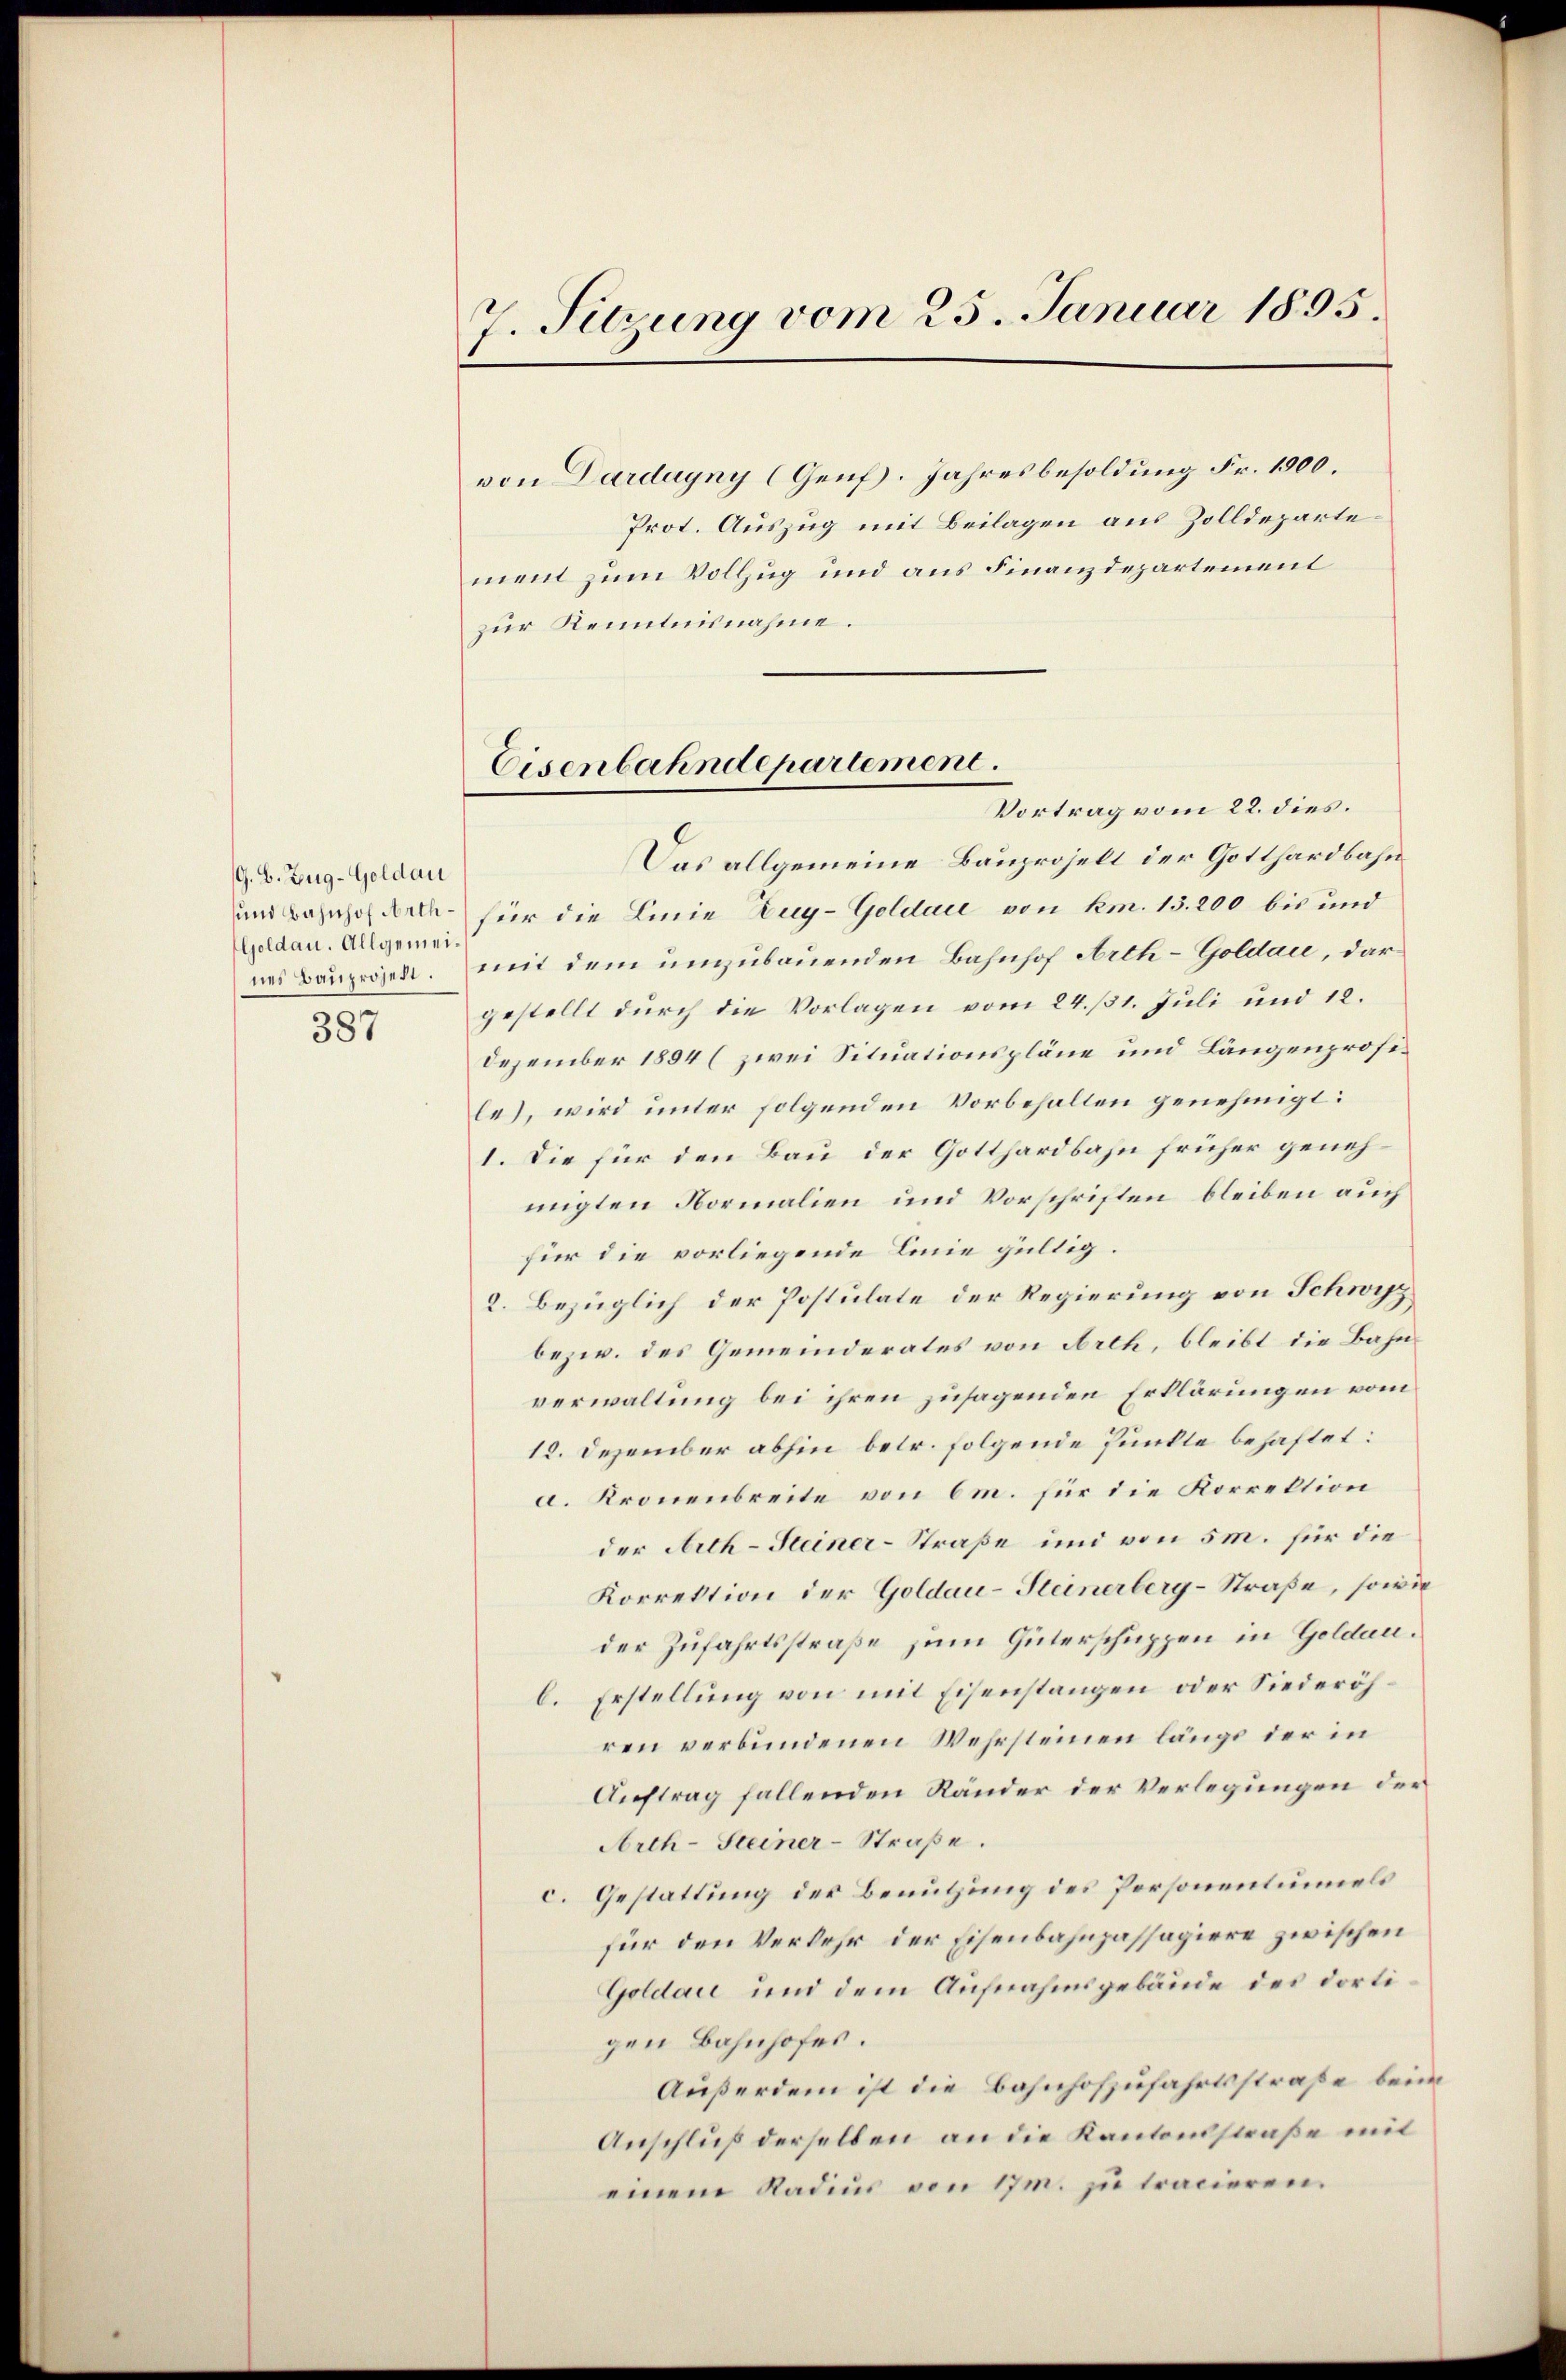
G. B. Zeug-Goldau
Goldau. Allgemeines Bauprojekt.

387

7. Sitzung vom 25. Januar 1895.

von Dardayny (Genf. Jahresbesoldung Fr. 1000.
Prot. Auszug mit Beilagen aus Zolldepartement zum Vollzug und aus Finanzdepartement
zur Kenntnisnahme.

Vortrag vom 22. dies
Das allgemeine Bauprojelt der Gotthardbahn
und Bahnhof die für die Linie Zug-Goldare von km. 13. 200 bis und
mit dem umzubauenden Bahnhof Arth-Goldau, dargestellt durch die Vorlagen vom 24. 131. Juli und 12.
Dezember 1894 (zwei Situationspläne und Längenprosele), wird unter folgenden Vorbehalten genehmigt:
1. Die für den Bau der Gotthardbahn früher genehmigten Normalien und Vorschriften bleiben auch
für die vorliegende Linie gültig
2. Bezüglich der Postulate der Regierung von Schwyz
bezw. des Gemeinderates von Arth, bleibt die Bahnverwaltung bei ihren zusagenden Erklärungen vom
12. Dezember abhin betr. folgende Punkte behaftet:
a. Kronenbreite von 6m. für die Korrektion
der Arth-Steiner-Straße und von 5 m. für die
Korrektion der Goldau-Steinerberg-Straße, sowie
der Zufahrtsstraße zum Güterschuppen in Goldaub. Erstellung von mit Eisenstangen oder Niederöhren verbundenen Wehrsteinen längs der in
Auftrag fallenden Ränder der Verlegungen der
Arth-Steiner-Straße.
c. Gestattung der Benutzung des Personentuels
für den Verkehr der Eisenbahnpassagiere zwischen
Goldau und dem Aufnahmsgebäude des dortigen Bahnhofes.
Außerdem ist die Bahnhofzufahrtsstraße beim
Anschluß derselben an die Kantonsstraße mit
einem Radius von 17 m. zu tracieren.

Eisenbahndepartement.